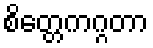
စိတ္တေကဂ္ဂတာ